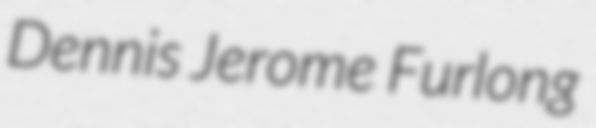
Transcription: Dennis Jerome Furlong